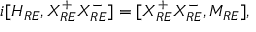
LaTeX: i [ { \cal H } _ { R E } , X _ { R E } ^ { + } X _ { R E } ^ { - } ] = [ X _ { R E } ^ { + } X _ { R E } ^ { - } , M _ { R E } ] ,